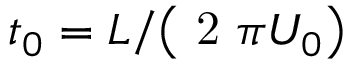
{ { t } _ { 0 } } = { L } / { \left( \mathrm { ~ 2 ~ } \pi { { U } _ { 0 } } \right) }